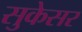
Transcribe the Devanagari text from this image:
सुकेसर